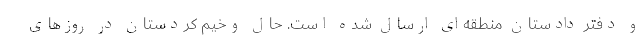
و دفتر دادستان منطقه‌ای ارسال شده است. حال وخیم کردستان در روزهای